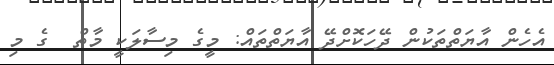
އެހެން އާޔަތްތަކުން ދޭހަކޮށްދޭ އާޔަތްތައް: މީގެ މިސާލަކީ މާތް  ގެ މި